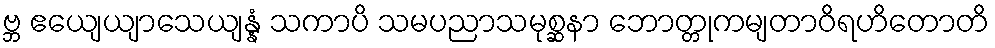
ဗ္ဘ ဧယျေယျာသေယျန္နံ သကာပိ သမပညာသမုစ္ဆနာ ဘောတ္တုကမျတာဝိရဟိတောတိ